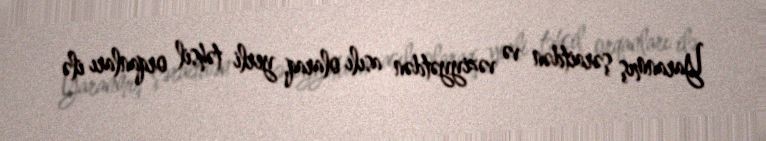
Yaranmış şəraitdən və vəziyyətdən asılı olaraq, yerli təhsil orqanları ilə